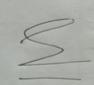
Signature authenticity: genuine